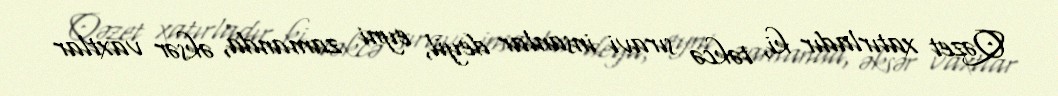
Qəzet xatırladır ki, təkcə sıravi insanlar deyil, eyni zamanda, əksər vaxtlar